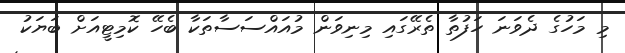
މި މަހުގެ ދެވަނަ ހަފުތާ ތެރޭގައި މިނިވަން މުއައްސަސާތަކާ ބެހޭ ކޮމިޓީއަށް ބަޔަކު